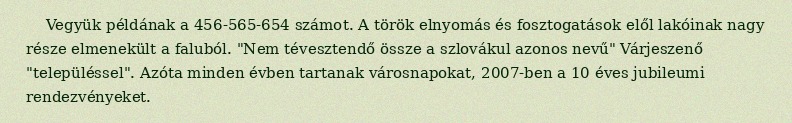
Vegyük példának a 456-565-654 számot. A török elnyomás és fosztogatások elől lakóinak nagy része elmenekült a faluból. "Nem tévesztendő össze a szlovákul azonos nevű" Várjeszenő "településsel". Azóta minden évben tartanak városnapokat, 2007-ben a 10 éves jubileumi rendezvényeket.